Indian journal of veterinary science and animal husbandry - Volume 2,
Year: 1932
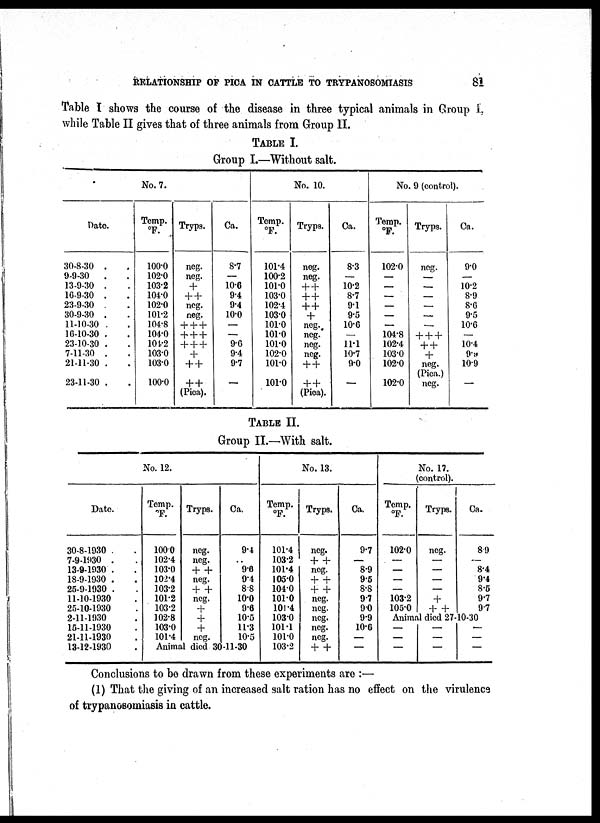
RELATIONSHIP OF PICA IN CATTLE TO TRYPANOSOMIASIS
81
Table I shows the course of the disease in three typical animals in Group L
while Table II gives that of three animals from Group II.
TABLE I.
Group I.—Without salt.
Date.
30-8-30 . .
9-9-30
. .
13-9-30 . .
16-9-30 . .
23-9-30 . .
30-9-30 . .
11-10-30 . .
16-10-30 . .
23-10-30 . .
7-11-30 . .
21-11-30 . .
23-11-30 . .
No. 7.
Temp.
°F.
100.0
102.0
103.2
104.0
102.0
101.2
104.8
104.0
104.2
103.0
103.0
100.0
Tryps.
neg.
neg.
+
+ +
neg.
neg.
+ + +
+ + +
+++
+
+ +
+ +
(Pica).
Ca.
8.7
—
10.6
9.4
9.4
10.0
—
—
9.6
9.4
9.7
—
No. 10.
Temp.
°F.
101.4
100.2
101.0
103.0
102.4
103.0
101.0
101.0
101.0
102.0
101.0
101.0
Tryps.
neg.
neg.
+ +
+ +
+ +
+
neg.
neg.
neg.
neg.
+ +
+ +
(Pica).
Ca.
8.3
—
10.2
8.7
9.1
9.5
10.0
—
11.1
10.7
9.0
—
No. 9 (control).
Temp.
°F.
102.0
—
—
—
—
—
—
104.8
102.4
103.0
102.0
102.0
Tryps.
neg.
—
—
—
—
—
—
+ + +
+ +
+
neg.
(Pica.)
neg.
Ca.
9.0
—
10.2
8.9
8.6
9.5
10.6
—
10.4
9.9
10.9
—
TABLE II.
Group II.—With salt.
Date.
30-8-1930 . .
7-9-1930 . .
13-9-1930 . .
18-9-1930 . .
25-9-1930 . .
11-10-1930 .
25-10-1930 .
2-11-1930 .
15-11-1930 .
21-11-1930 .
13-12-1930 .
No. 12.
Temp.
°F.
100.0
102.4
103.0
102.4
103.2
101.2
103.2
102.8
103.0
101.4
Tryps.
neg.
neg.
+ +
neg.
+ +
neg.
+
+
+
neg.
Ca.
9.4
..
9.6
9.4
8.8
10.0
9.6
10.5
11.3
10.5
Animal died 30-11-30
Temp.
°F.
101.4
103.2
101.4
1050
104.0
101.0
101.4
103.0
101.1
101.0
103.2
No. 13.
Tryps.
neg.
+ +
neg.
+ +
+ +
neg.
neg.
neg.
neg.
neg.
+ +
Ca.
9.7
—
8.9
9.5
8.8
9.7
9.0
9.9
10.6
—
—
No. 17.
(control).
Temp.
°F.
102.0
—
—
—
—
1032
105.0
Tryps.
neg.
—
—
—
—
+
+ +
Ca.
8.9
—
8.4
9.4
8.5
9.7
9.7
Animal died 27-10-30
—
—
—
—
—
—
—
—
—
Conclusions to be drawn from these experiments are :—
(1) That the giving of an increased salt ration has no effect on the virulence
of trypanosomiasis in cattle.